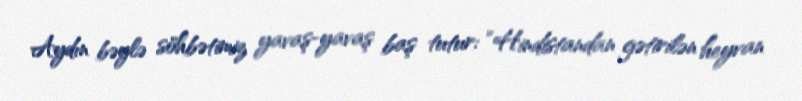
Aydın bəylə söhbətimiz yavaş-yavaş baş tutur: “Hindistandan gətirilən heyvan